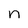
Character: n